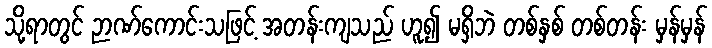
သို့ရာတွင် ဉာဏ်ကောင်းသဖြင့် အတန်းကျသည် ဟူ၍ မရှိဘဲ တစ်နှစ် တစ်တန်း မှန်မှန်